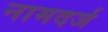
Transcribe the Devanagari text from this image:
नामदर्ज